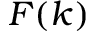
F ( k )